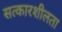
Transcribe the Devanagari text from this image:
सत्कारशीलता